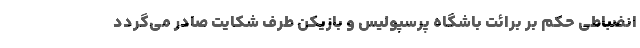
انضباطی حکم بر برائت باشگاه پرسپولیس و بازیکن طرف شکایت صادر می‌گردد